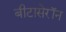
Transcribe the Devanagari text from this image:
बीटासेरॉन